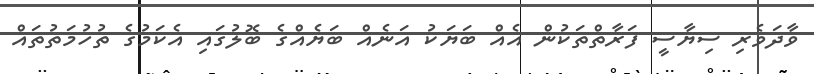
ވާދަވެރި ސިޔާސީ ފަރާތްތަކުން އެއް ބަޔަކު އަނެއް ބަޔެއްގެ ބޮލުގައި އެކަމުގެ ތުހުމަތުތައް